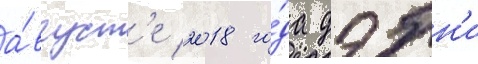
а́вгуст'е 2018 го́да дэбн'и